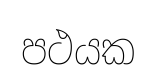
පථයක